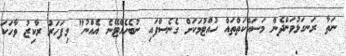
ނަތާ ރަނގަޅުވަންދެން މަސައްކަތްތައް ހުއްޓުމަކަށް ގެނެސްފައި ނުބެހެއްޓޭނެ އެއްނު" މިފަހަރު ރާކިޒު ވާހަކަ